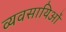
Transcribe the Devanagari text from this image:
व्यवसायिओं